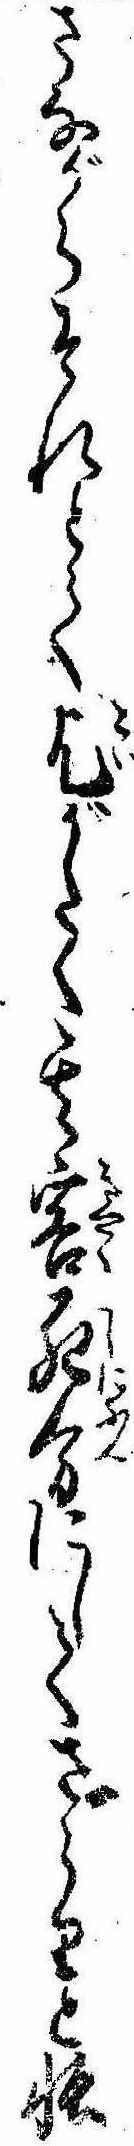
さながらそれとて乞がたく其客死分にしてさらりと帳